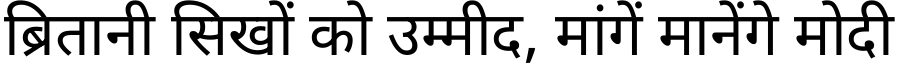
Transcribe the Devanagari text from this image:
ब्रितानी सिखों को उम्मीद, मांगें मानेंगे मोदी